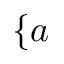
\{ a